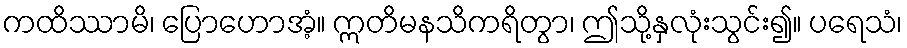
ကထိဿာမိ၊ ပြောဟောအံ့။ ဣတိမနသိကရိတွာ၊ ဤသို့နှလုံးသွင်း၍။ ပရေသံ၊